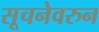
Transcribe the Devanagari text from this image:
सूचनेवरुन